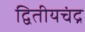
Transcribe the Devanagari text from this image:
द्वितीयचंद्र